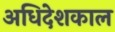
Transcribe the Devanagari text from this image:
अधिदेशकाल